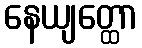
နေယျတ္ထော